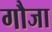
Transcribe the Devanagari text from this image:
गौजा